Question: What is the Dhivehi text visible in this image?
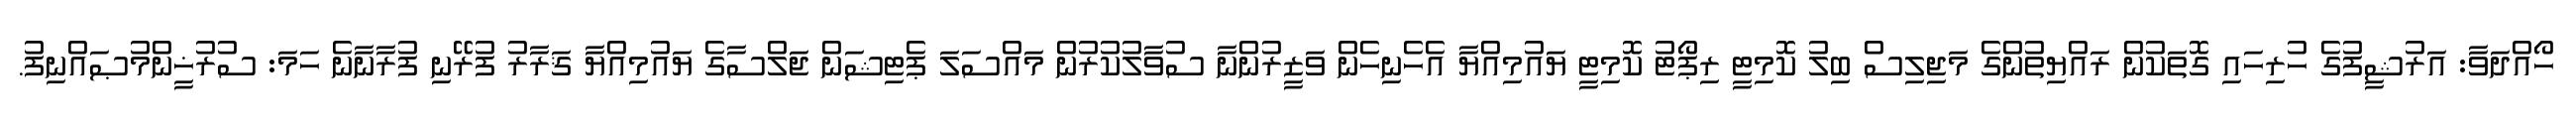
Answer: ހޯއްދަވާ: އަރުޝީފުގެ ހުރިހައި ގޮތަކުން ރައްޔިތުންގެ މަޖިލިސް ބިލު ކޮމިޓީ ރިޕޯޓު ކޮމިޓީ ޔައުމިއްޔާ އެހެނިހެން ވަޒީރުންނާ ސުވާލުކުރުން މައްސަލަ ޕެޓިޝަން ޖަލްސާގެ ޔައުމިއްޔާ ޤަރާރު ފުރޭނި ފުރާނާނެ ހަމަ: ސުރުޚީންމުޞައްނިފު.